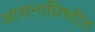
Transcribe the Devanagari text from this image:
आसनाधिष्ठीत